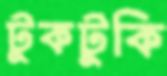
টুকটুকি